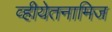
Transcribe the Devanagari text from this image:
व्हीयेतनामिज